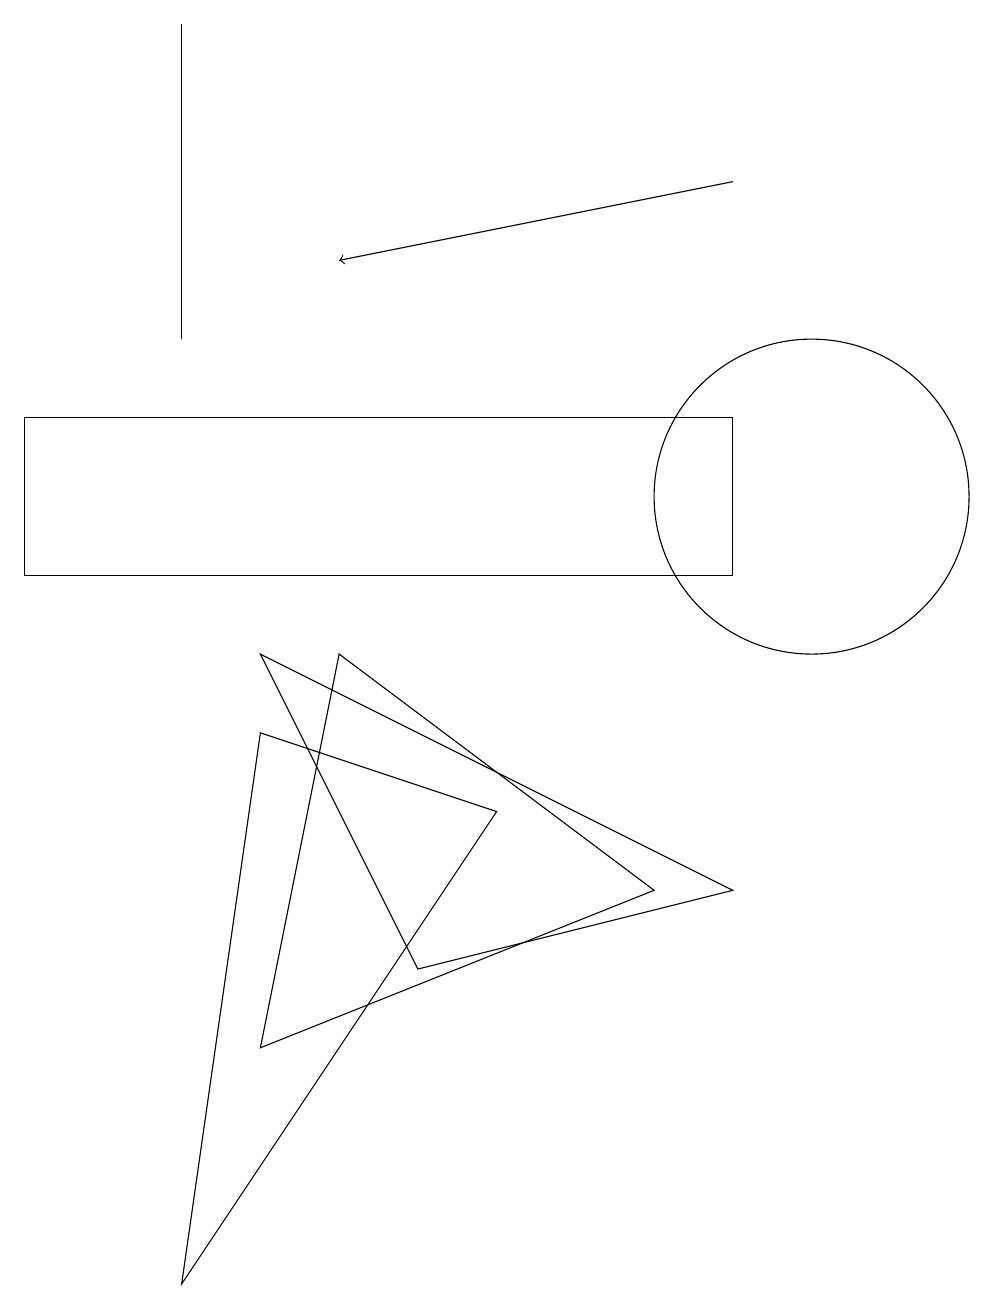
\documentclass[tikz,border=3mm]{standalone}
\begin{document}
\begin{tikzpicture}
\draw (3,4) -- (8,6) -- (4,9) -- cycle;
\draw (2,1) -- (6,7) -- (3,8) -- cycle;
\draw (3,9) -- (5,5) -- (9,6) -- cycle;
\draw (10,11) circle (2);
\draw (0,12) rectangle (9,10);
\draw (2,13) rectangle (2,17);
\draw[->] (9,15) -- (4,14);
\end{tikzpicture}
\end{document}